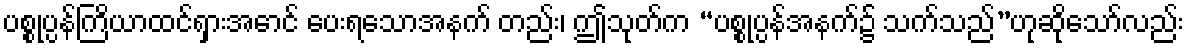
ပစ္စုပ္ပန်ကြိယာထင်ရှားအောင် ပေးရသောအနက် တည်း၊ ဤသုတ်က “ပစ္စုပ္ပန်အနက်၌ သက်သည်”ဟုဆိုသော်လည်း